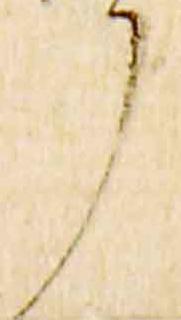
了